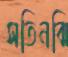
সতিনঝি